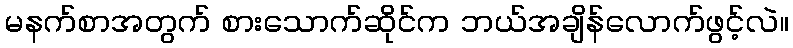
မနက်စာအတွက် စားသောက်ဆိုင်က ဘယ်အချိန်လောက်ဖွင့်လဲ။